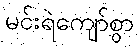
မင်းရဲကျော်စွာ